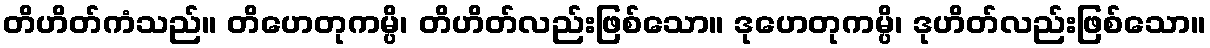
တိဟိတ်ကံသည်။ တိဟေတုကမ္ပိ၊ တိဟိတ်လည်းဖြစ်သော။ ဒုဟေတုကမ္ပိ၊ ဒုဟိတ်လည်းဖြစ်သော။